画像に写った文字を読んでください
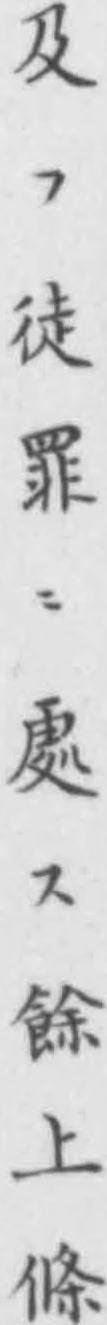
「及フ徒罪ニ處ス餘上條」と書いてあります